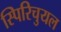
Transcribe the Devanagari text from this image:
स्पिरिचुयल